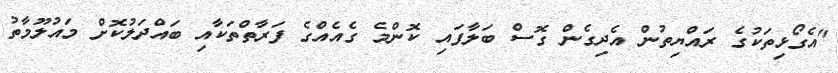
"އެގޯޅިތަކުގެ ރައްޔިތުން އެދިގެން ގޮސް ބަލާފައި ކޮންމެ ގެއެއްގެ ފަރާތްތަކާއި ބައްދަލުކޮށް މައުލޫމާތު